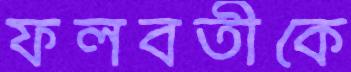
ফলবতীকে